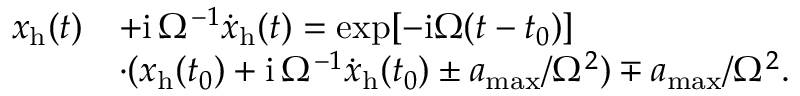
\begin{array} { r l } { x _ { \mathrm { h } } ( t ) } & { + \mathrm { i } \, \Omega ^ { - 1 } { \dot { x } } _ { \mathrm { h } } ( t ) = \exp [ - \mathrm { i } \Omega ( t - t _ { 0 } ) ] } \\ & { \cdot ( x _ { \mathrm { h } } ( t _ { 0 } ) + \mathrm { i } \, \Omega ^ { - 1 } { \dot { x } } _ { \mathrm { h } } ( t _ { 0 } ) \pm a _ { \mathrm { m a x } } / \Omega ^ { 2 } ) \mp a _ { \mathrm { m a x } } / \Omega ^ { 2 } . } \end{array}